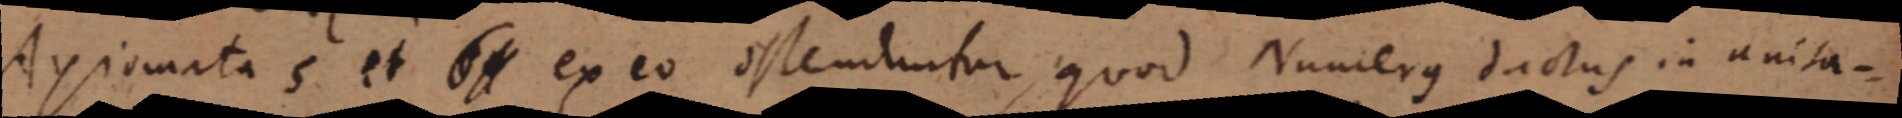
Axiomata s et ex eo ostenduntur, quod Numerus dactus in unita-